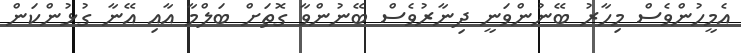
އެމީހުންވެސް މިހާރު ބޭނުންވަނީ ދިނާރުވެސް ބޭނުންވާ ގޮތަށް ބަލްމާ އާއި އޭނާ ގުޅުންކަން